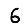
Digit: 6